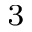
_ 3